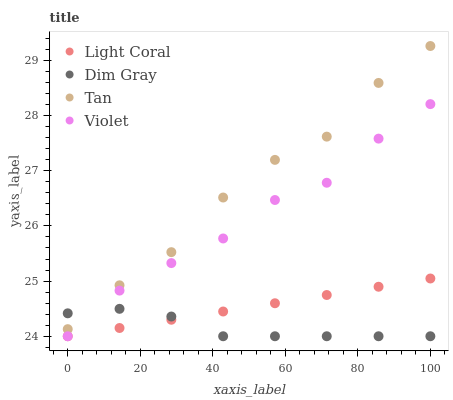
| xaxis_label | Light Coral | Dim Gray | Tan | Violet |
 | --- | --- | --- | --- | --- |
 | 0 | 24 | 24.4 | 24.1 | 24 |
 | 14.3 | 24.1 | 24.5 | 24.9 | 24.8 |
 | 28.6 | 24.3 | 24.4 | 25.5 | 25.3 |
 | 42.9 | 24.4 | 24 | 26.5 | 25.8 |
 | 57.1 | 24.6 | 24 | 27.2 | 26.5 |
 | 71.4 | 24.7 | 24 | 27.6 | 26.8 |
 | 85.7 | 24.9 | 24 | 28.6 | 27.6 |
 | 100 | 25 | 24 | 29.3 | 28.2 |